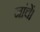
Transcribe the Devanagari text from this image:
जांचें।